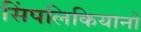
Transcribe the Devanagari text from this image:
सिंपलिकियानो